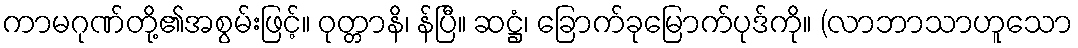
ကာမဂုဏ်တို့၏အစွမ်းဖြင့်။ ဝုတ္တာနိ၊ န်ပြီ။ ဆဋ္ဌံ၊ ခြောက်ခုမြောက်ပုဒ်ကို။ (လာဘာသာဟူသော